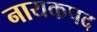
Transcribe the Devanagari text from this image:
नायकपद